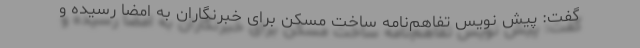
گفت: پیش نویس تفاهم‌نامه ساخت مسکن برای خبرنگاران به امضا رسیده و